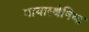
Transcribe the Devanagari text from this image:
मायास्थेनिया